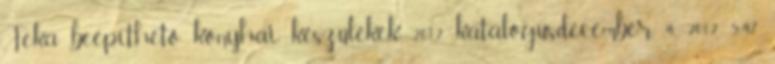
Teka beépíthető konyhai készülékek 2012 katalógusdecember 4, 2012, 5:47